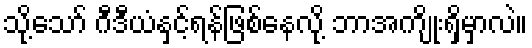
သို့သော် ဂီဒီယံနှင့်ရန်ဖြစ်နေလို့ ဘာအကျိုးရှိမှာလဲ။